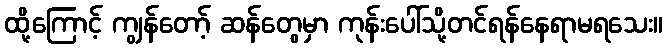
ထို့ကြောင့် ကျွန်တော့် ဆန်တွေမှာ ကုန်းပေါ်သို့တင်ရန်နေရာမရသေး။